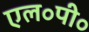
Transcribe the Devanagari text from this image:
एल॰पी॰